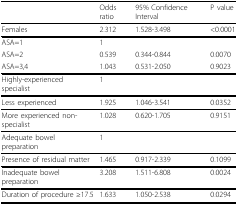
<table><thead><tr><td></td><td><b>Odds ratio</b></td><td><b>95% Confidence Interval</b></td><td><b>P value</b></td></tr></thead><tbody><tr><td>Females</td><td>2.312</td><td>1.528-3.498</td><td>&lt;0.0001</td></tr><tr><td>ASA=1</td><td>1</td><td></td><td></td></tr><tr><td>ASA=2</td><td>0.539</td><td>0.344-0.844</td><td>0.0070</td></tr><tr><td>ASA=3,4</td><td>1.043</td><td>0.531-2.050</td><td>0.9023</td></tr><tr><td>Highly-experienced specialist</td><td>1</td><td></td><td></td></tr><tr><td>Less experienced</td><td>1.925</td><td>1.046-3.541</td><td>0.0352</td></tr><tr><td>More experienced non-specialist</td><td>1.028</td><td>0.620-1.705</td><td>0.9151</td></tr><tr><td>Adequate bowel preparation</td><td>1</td><td></td><td></td></tr><tr><td>Presence of residual matter</td><td>1.465</td><td>0.917-2.339</td><td>0.1099</td></tr><tr><td>Inadequate bowel preparation</td><td>3.208</td><td>1.511-6.808</td><td>0.0024</td></tr><tr><td>Duration of procedure ≥17.5</td><td>1.633</td><td>1.050-2.538</td><td>0.0294</td></tr></tbody></table>